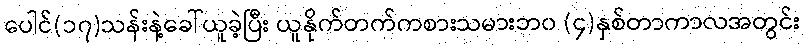
ပေါင်(၁၇)သန်းနဲ့ခေါ်ယူခဲ့ပြီး ယူနိုက်တက်ကစားသမားဘ၀ (၄)နှစ်တာကာလအတွင်း